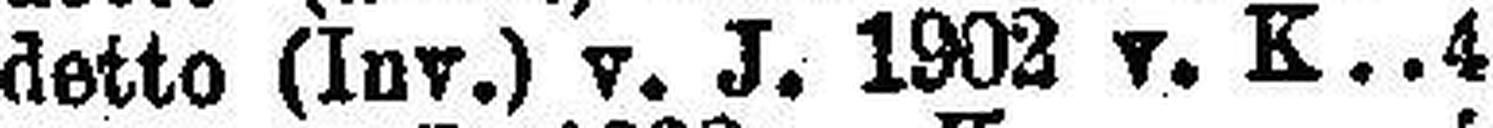
detto (Inv.) v J. 1902 v. K 4